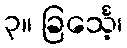
၃။ ခြင်္သေ့၊